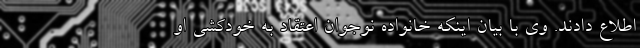
اطلاع دادند. وی با بیان اینکه خانواده نوجوان اعتقاد به خودکشی او